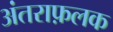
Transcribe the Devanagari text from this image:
अंतराफ़लक